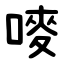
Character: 嘜